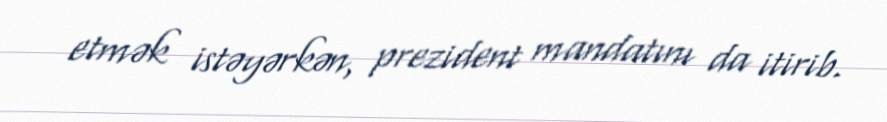
etmək istəyərkən, prezident mandatını da itirib.